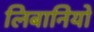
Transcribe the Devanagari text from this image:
लिबानियो